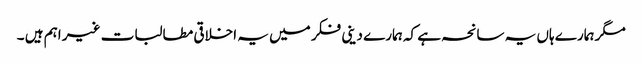
مگر ہمارے ہاں یہ سانحہ ہے کہ ہمارے دینی فکر میں یہ اخلاقی مطالبات غیر اہم ہیں ۔